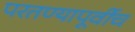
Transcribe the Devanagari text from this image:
परतण्यापूर्वीच